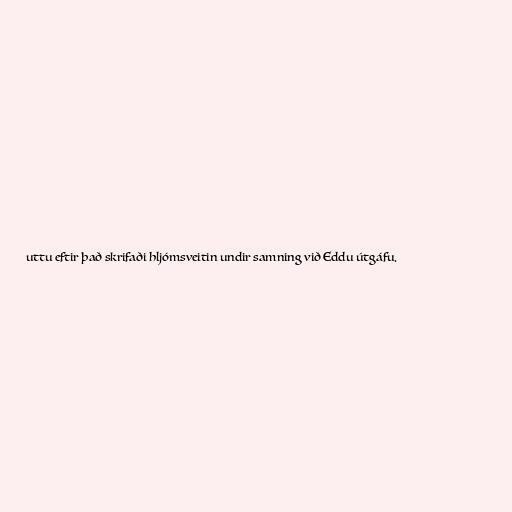
uttu eftir það skrifaði hljómsveitin undir samning við Eddu útgáfu.